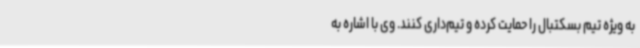
به ویژه تیم بسکتبال را حمایت کرده و تیم‌داری کنند. وی با اشاره به